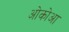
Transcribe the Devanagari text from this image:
ओकोआ